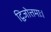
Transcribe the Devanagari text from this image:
द्विजोत्तमाः।